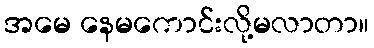
အမေ နေမကောင်းလို့မလာတာ။